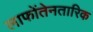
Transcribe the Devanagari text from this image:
लाफोंतेनतारिक